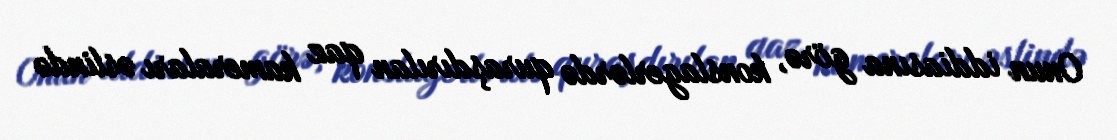
Onun iddiasına görə, konslagerlərdə quraşdırılan qaz kameraları əslində